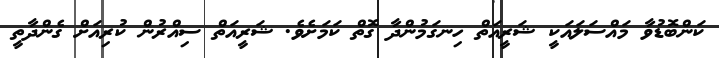
ކަންބޮޑުވާ މައްސަލައަކީ ޝަރީއަތް ހިނގަމުންދާ ގޮތް ކަމަށެވެ. ޝަރީއަތް ސިއްރުން ކުރިއަށް ގެންދާތީ